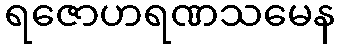
ရဇောဟရဏသမေန